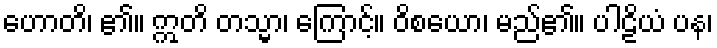
ဟောတိ၊ ၏။ ဣတိ တသ္မာ၊ ကြောင့်။ ဝိစယော၊ မည်၏။ ပါဠိယံ ပန၊